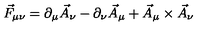
\vec { F } _ { \mu \nu } = \partial _ { \mu } \vec { A } _ { \nu } - \partial _ { \nu } \vec { A } _ { \mu } + \vec { A } _ { \mu } \times \vec { A } _ { \nu }